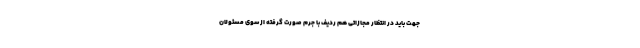
جهت باید در انتظار مجازاتی هم ردیف با جرم صورت گرفته از سوی مسئولان